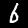
Digit: 6